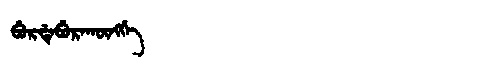
Manchu: ᠪᡠᡵᡩᡝᠪᡠᡵᠠᡴᡡᠩᡤᡝ
Romanization: BURDEBURAKŪNGGE